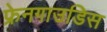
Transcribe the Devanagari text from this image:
फ्रेनगाउडिस